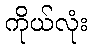
ကိုယ်လုံး